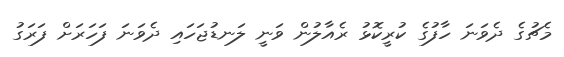
މެޗުގެ ދެވަނަ ހާފުގެ ކުރީކޮޅު ރެއާލުން ވަނީ ލަނޑުޖަހައި ދެވަނަ ފަހަރަށް ފަރަގު